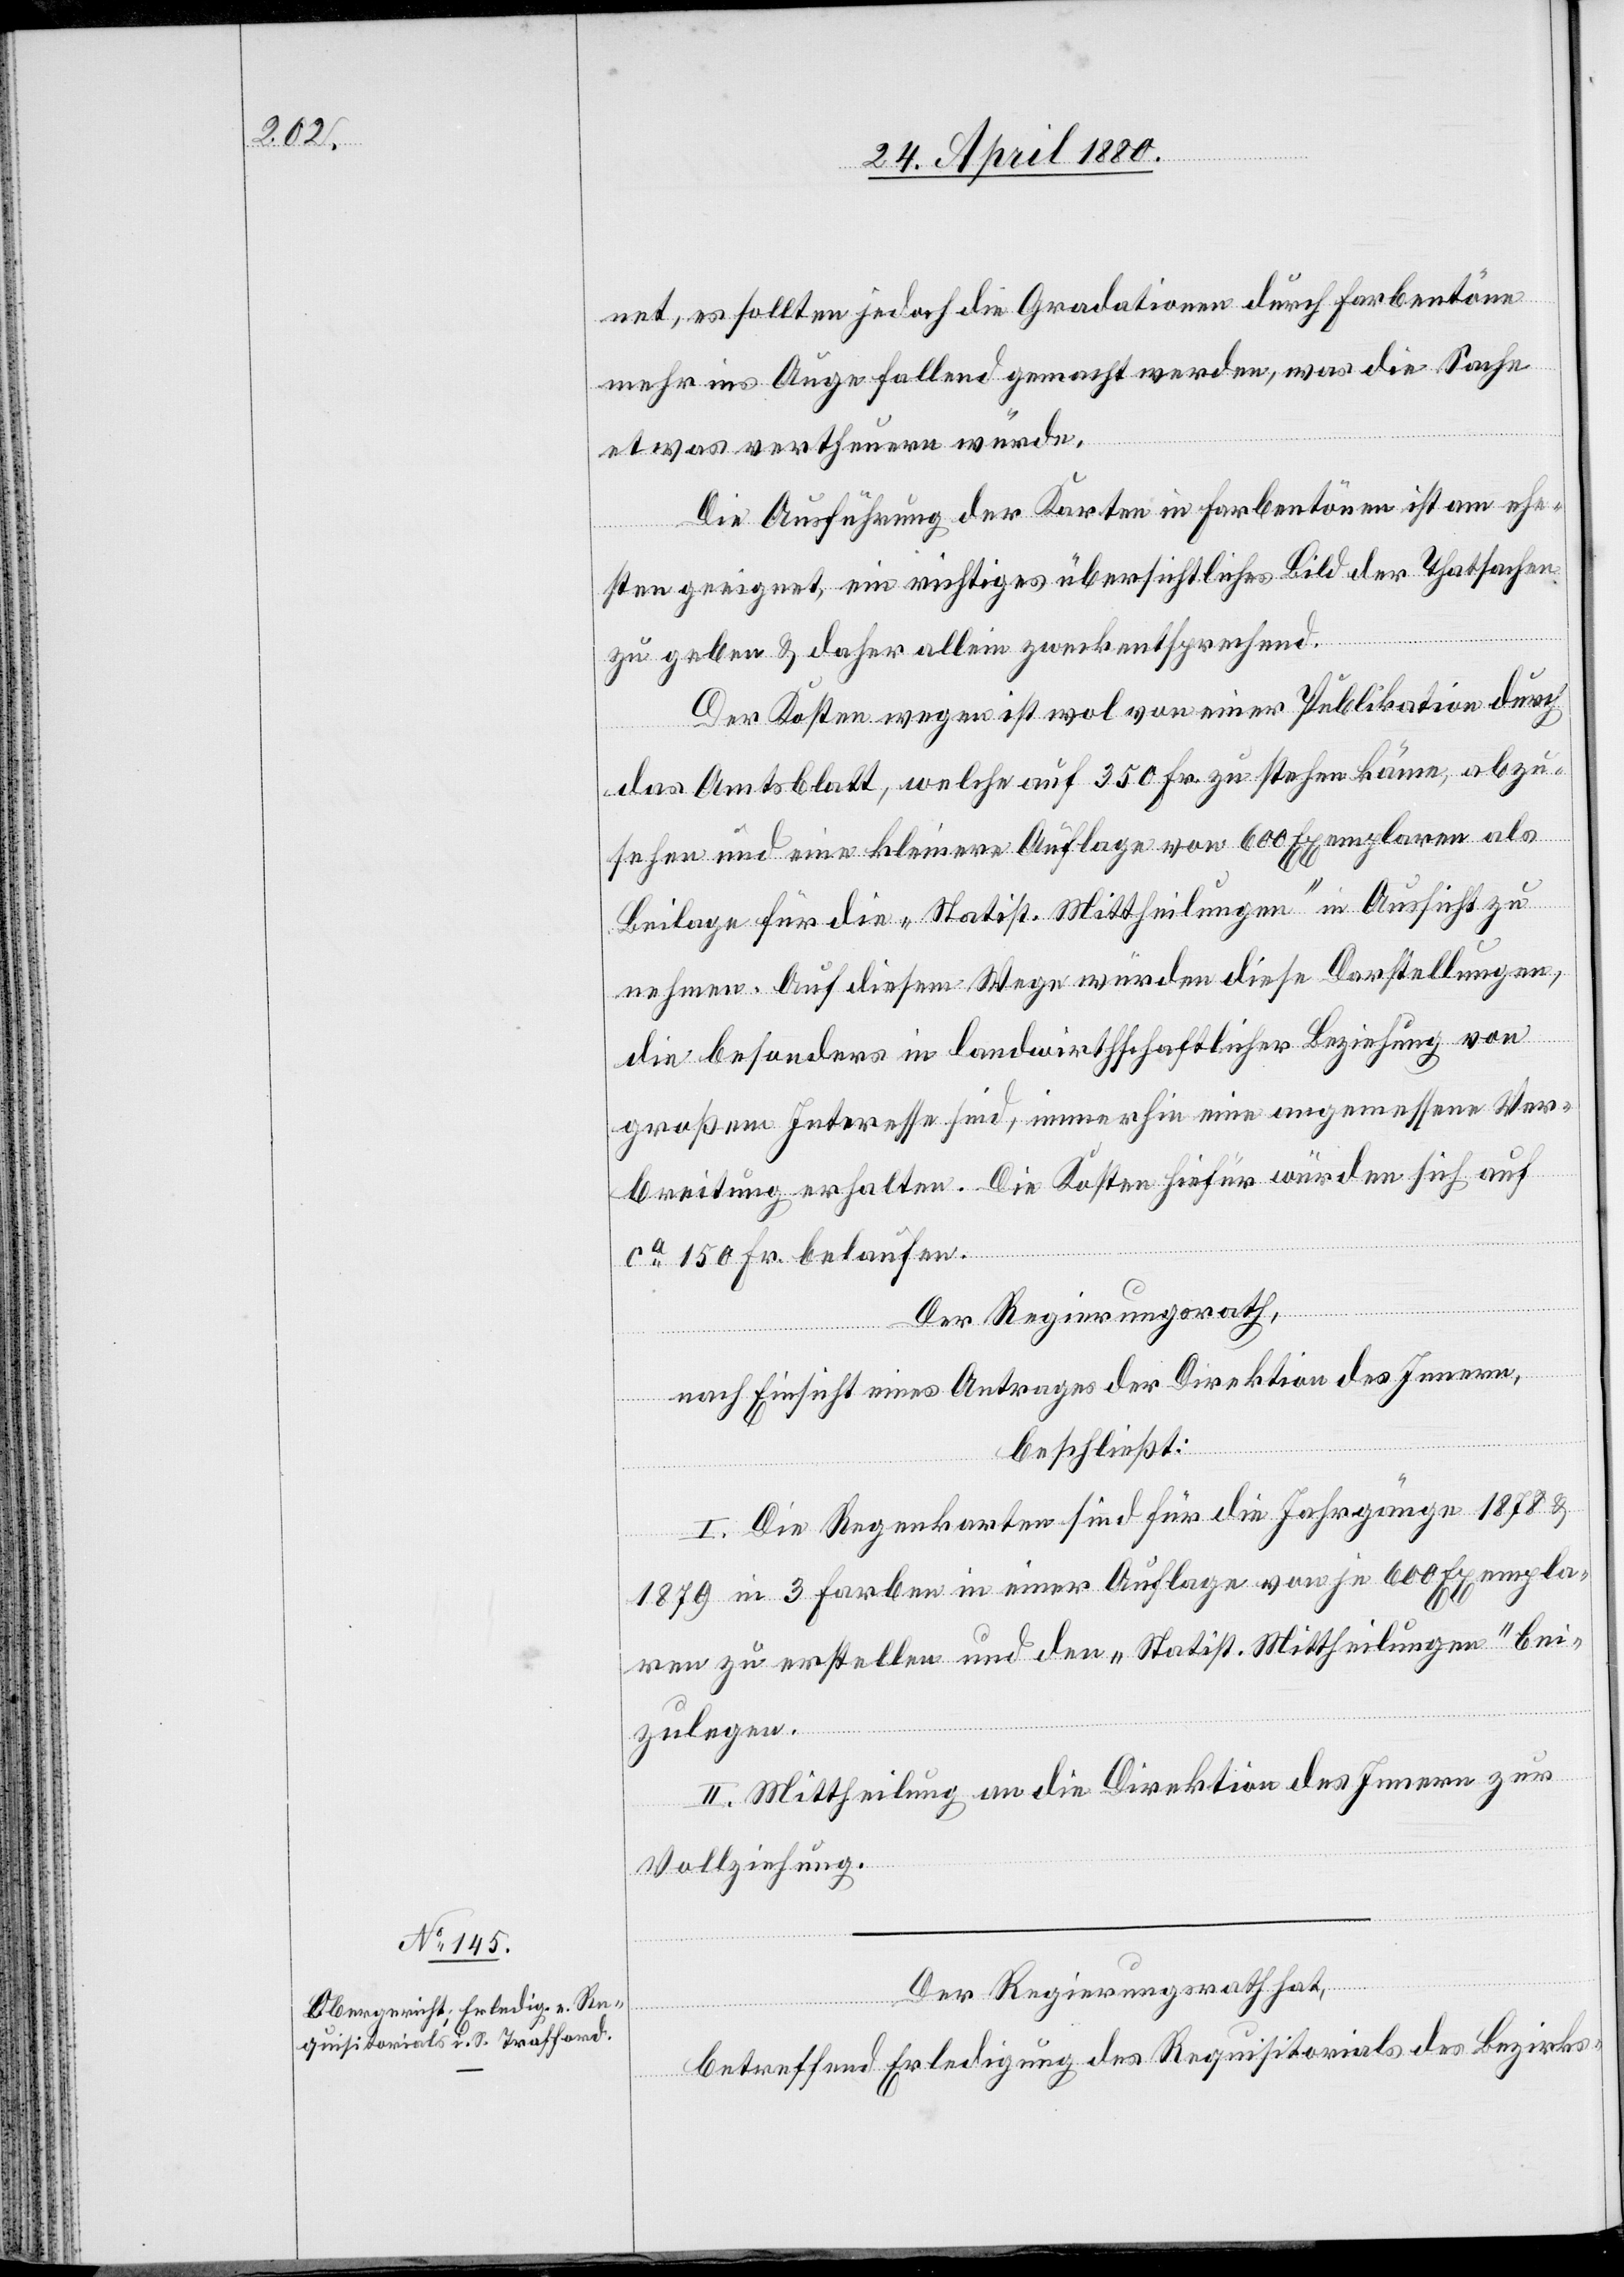
net, es sollten jedoch die Gradationen durch Farbentöne
mehr ins Auge fallend gemacht werden, was die Sache
etwas verteuern würde.
Die Ausführung der Karten in Farbentönen ist am ehe¬
sten geeignet, ein richtiges übersichtliches Bild der Thatsachen
zu geben & daher allein zweckentsprechend.
Der Kosten wegen ist wol von einer Publikation durch
das Amtsblatt, welche auf 350 Fr. zu stehen käme, abzu¬
sehen und eine kleinere Auflage von 600 Exemplaren als
Beilage für die „Statist. Mittheilungen“ in Aussicht zu
nehmen. Auf diesem Wege würden diese Darstellungen,
die besonders in landwirthschaftlicher Beziehung von
großem Interesse sind, immerhin eine angemessene Ver¬
breitung erhalten. Die Kosten hiefür würden sich auf
ca 150 Fr. belaufen.
Der Regierungsrath,
nach Einsicht eines Antrages der Direktion des Innern,
beschließt:
I. Die Regenkarten sind für die Jahrgänge 1878 &
1879 in 3 Farben in einer Auflage von je 600 Exempla¬
ren zu erstellen und den „Statist. Mittheilungen“ bei¬
zulegen.
II. Mittheilung an die Direktion des Innern zur
Vollziehung.
Der Regierungsrath hat,
betreffend Erledigung des Requisitorials des Bezirks-